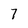
Character: 7